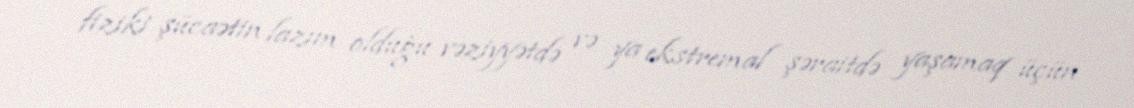
fiziki şücaətin lazım olduğu vəziyyətdə və ya ekstremal şəraitdə yaşamaq üçün